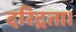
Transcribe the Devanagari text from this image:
दरिद्रता।